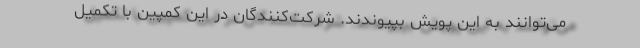
می‌توانند به این پویش بپیوندند. شرکت‌کنندگان در این کمپین با تکمیل